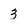
Character: 3